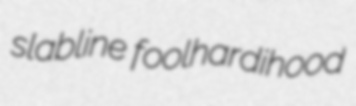
slabline foolhardihood